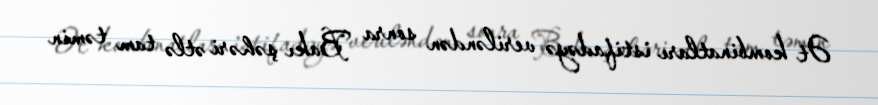
Ət kombinatları istifadəyə veriləndən sonra Bakı şəhəri ətlə tam təmin